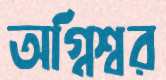
অগ্নিশ্বর